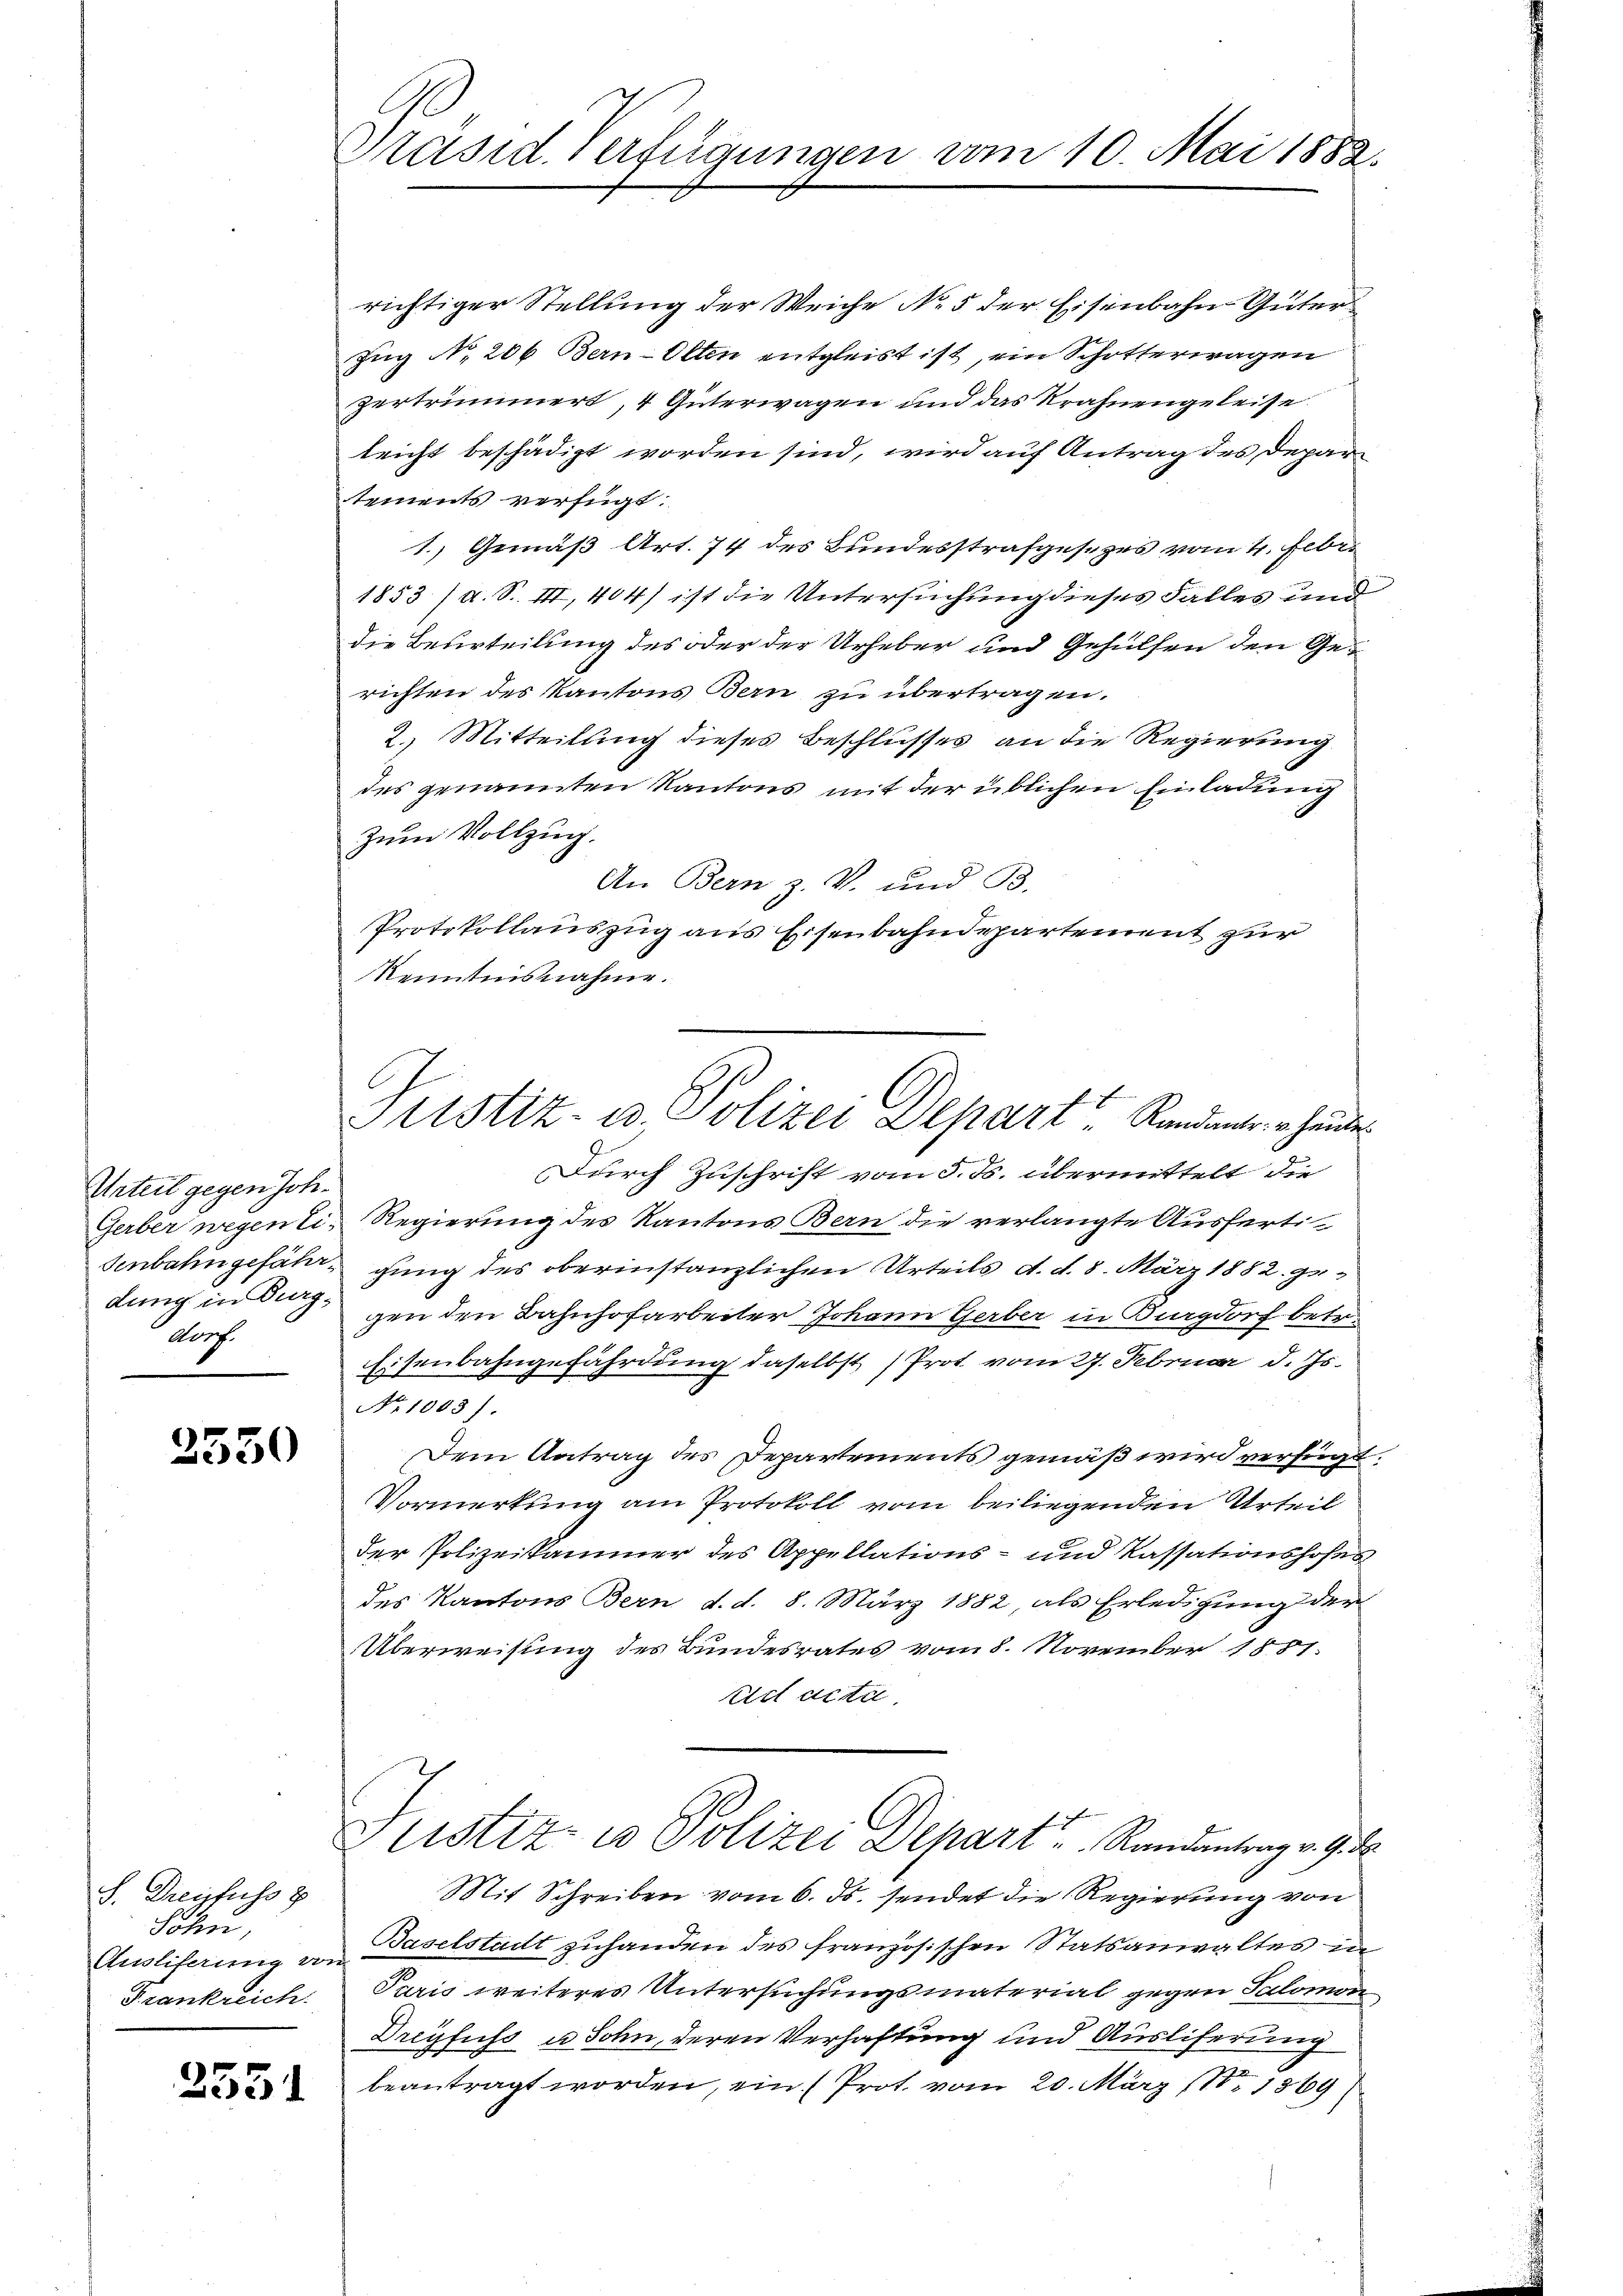
Urteil gegen Joh.
Gerber wegen Eidung in Burgdorf.

3550

S. Dreyfuss z
Löhn,
Frankreich.

2551

Präsid. Verfügungen vom 10. Mai 1882.

richtiger Stellung der Weiche No 5 der Eisenbahn Güter
Zug No 206 Bern-Olten entgleist ist, ein Schotterwagen
zertrümmert, 4 Güterwagen und das Krahnengeleise
leicht beschädigt worden sind, wird auf Antrag des Departements verfügt:
1.) Gemäß Art. 74 des Bundesstrafgesezes vom 4. Febr.
1853 / a. S. III, 404) ist die Untersuchung dieses Falles und
die Beurteilung des oder der Urheber und Gehülfen den Gerichten des Kantons Bern zu übertragen.
2. Mitteilung dieses Beschlusses an die Regierung
des genannten Kantons mit der üblichen Einladung
zum Vollzug.
An Bern z. V. und B.
Protokollauszug aus Eisenbahndepartement zur
Kenntnisnahme.

Justiz- u. Polizei Depart? Kandient hander

Durch Zuschrift vom 5. ds. übermittelt die
Regierung des Kantons Bern die verlangte Ausfertisenbahngefähigung des oberinstanzlichen Urteils d. d. 8. März 1882. gegen den Bahnhofarbeiter Johann Gerber in Burgdorf betr.
Eisenbahngefährdung daselbst Prot vom 27. Februar d. Js.
No 1003).
Dem Antrag des Departements gemäß wird verfügt:
Vormerkung am Protokoll vom beiliegenden Urteil
der Polizeikammer des Appellations- und Kassationshofes
des Kantons Bern d. d. 8. März 1882, als Erledigung der
Überweisung des Bundesrates vom 8. November 1851.
riet acti.
Justiz in Polizei Depart Rindentenge ge
Mit Schreiben vom 6. ds. sendet die Regierung von
Ausliferung von Baselstadt zuhanden des französischen Statsanwaltes in
Paris weiteres Untersuchungsmaterial gegen Salomon
Dreyfuss u. Sohn, deren Verhaftung und Ausliferung
m
beantragt worden, ein (Prot. vom 20. März 188 1369